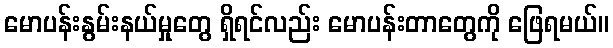
မောပန်းနွမ်းနယ်မှုတွေ ရှိရင်လည်း မောပန်းတာတွေကို ဖြေရမယ်။